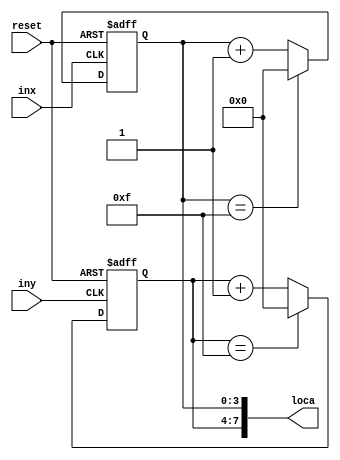
module pointer(inx, iny, reset, loca);
  input inx, iny, reset;
  output reg [7:0] loca;
  initial begin
    loca[7:0] = 8'd0;
	 end
  always @(negedge inx, posedge reset) begin
    if (reset == 1'b1) loca[3:0] = 4'd0;
	 else begin
		if (loca[3:0] == 4'b1111) loca[3:0] = 4'd0;
		else loca[3:0] = loca[3:0] + 4'b1;
	 end
  end
  
  always @(negedge iny, posedge reset) begin
    if (reset == 1'b1) loca[7:4] = 4'd0;
	 else begin
		if (loca[7:4] == 4'b1111) loca[7:4] = 4'd0;
		else loca[7:4] = loca[7:4] + 4'b1;
	 end
  end
endmodule